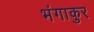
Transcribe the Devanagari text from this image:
भंगाकुर